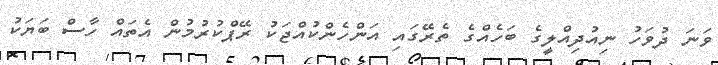
ވަނަ ދުވަހު ނިއުދިއްލީގެ ބަހެއްގެ ތެރޭގައި އަންހެންކުއްޖަކު ރޭޕްކުރުމުން އެތައް ހާސް ބަޔަކު